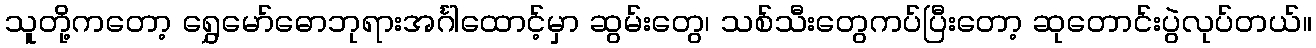
သူတို့ကတော့ ရွှေမော်ဓောဘုရားအင်္ဂါထောင့်မှာ ဆွမ်းတွေ၊ သစ်သီးတွေကပ်ပြီးတော့ ဆုတောင်းပွဲလုပ်တယ်။